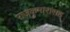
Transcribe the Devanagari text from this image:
राजकुमारांसह